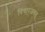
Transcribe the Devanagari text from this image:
विचारजगत्